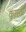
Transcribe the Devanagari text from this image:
कुस़ती